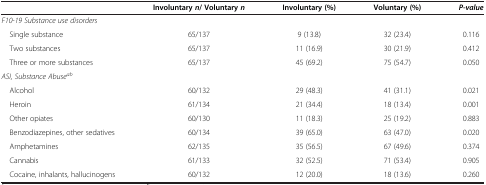
<table><thead><tr><td><b> </b></td><td><b>Involuntary <i>n</i>/ Voluntary <i>n</i></b></td><td><b>Involuntary (%)</b></td><td><b>Voluntary (%)</b></td><td><b><i>P-value</i></b></td></tr></thead><tbody><tr><td colspan="5"><i>F10-19 Substance use disorders</i></td></tr><tr><td> Single substance</td><td>65/137</td><td>9 (13.8)</td><td>32 (23.4)</td><td>0.116</td></tr><tr><td> Two substances</td><td>65/137</td><td>11 (16.9)</td><td>30 (21.9)</td><td>0.412</td></tr><tr><td> Three or more substances</td><td>65/137</td><td>45 (69.2)</td><td>75 (54.7)</td><td>0.050</td></tr><tr><td colspan="5"><i>ASI, Substance Abuse</i><sup><i>ab</i></sup></td></tr><tr><td> Alcohol</td><td>60/132</td><td>29 (48.3)</td><td>41 (31.1)</td><td>0.021</td></tr><tr><td> Heroin</td><td>61/134</td><td>21 (34.4)</td><td>18 (13.4)</td><td>0.001</td></tr><tr><td> Other opiates</td><td>60/130</td><td>11 (18.3)</td><td>25 (19.2)</td><td>0.883</td></tr><tr><td> Benzodiazepines, other sedatives</td><td>60/134</td><td>39 (65.0)</td><td>63 (47.0)</td><td>0.020</td></tr><tr><td> Amphetamines</td><td>62/135</td><td>35 (56.5)</td><td>67 (49.6)</td><td>0.374</td></tr><tr><td> Cannabis</td><td>61/133</td><td>32 (52.5)</td><td>71 (53.4)</td><td>0.905</td></tr><tr><td> Cocaine, inhalants, hallucinogens</td><td>60/132</td><td>12 (20.0)</td><td>18 (13.6)</td><td>0.260</td></tr></tbody></table>